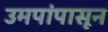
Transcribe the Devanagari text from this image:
उमपांपासून